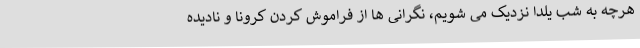
هرچه به شب یلدا نزدیک می شویم، نگرانی ها از فراموش کردن کرونا و نادیده